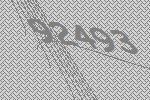
92493